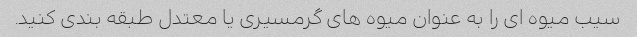
سیب میوه ای را به عنوان میوه های گرمسیری یا معتدل طبقه بندی کنید.